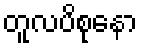
တူလပိစုနော